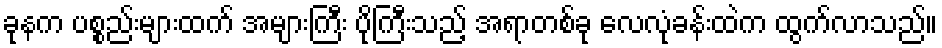
ခုနက ပစ္စည်းများထက် အများကြီး ပိုကြီးသည့် အရာတစ်ခု လေလုံခန်းထဲက ထွက်လာသည်။